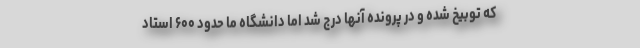
که توبیخ شده و در پرونده آنها درج شد اما دانشگاه ما حدود ۶۰۰ استاد